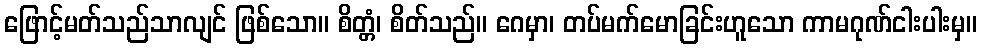
ဖြောင့်မတ်သည်သာလျင် ဖြစ်သော။ စိတ္တံ၊ စိတ်သည်။ ဂေမှာ၊ တပ်မက်မောခြင်းဟူသော ကာမဂုဏ်ငါးပါးမှ။